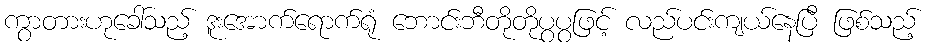
ကွာတားဟုခေါ်သည့် ဒူးအောက်ရောက်ရုံ ဘောင်းဘီတိုတိုပွပွဖြင့် လည်ပင်းကျယ်နေပြီ ဖြစ်သည့်